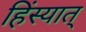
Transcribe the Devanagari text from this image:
हिंस्यात्‌